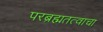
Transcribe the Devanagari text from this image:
परब्रह्मतत्वाचा